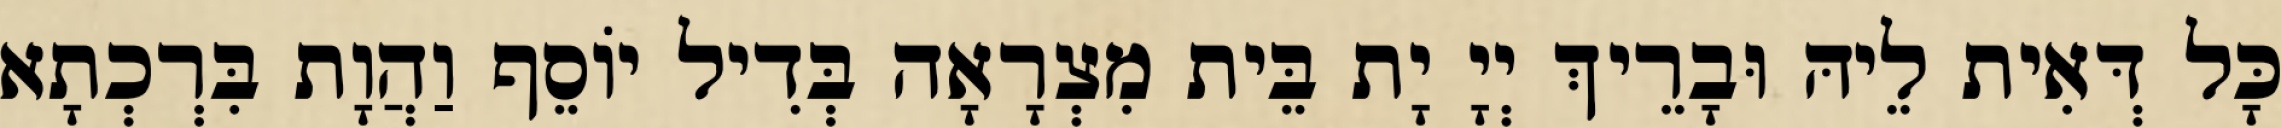
כָּל דְּאִית לֵיהּ וּבָרֵיךְ יְיָ יָת בֵּית מִצְרָאָה בְּדִיל יוֹסֵף וַהֲוָת בִּרְכְתָא